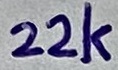
Text: 22k